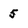
Character: 5